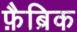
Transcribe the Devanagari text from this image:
फ़ैब्रिक